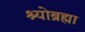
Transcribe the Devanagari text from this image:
श्योब्रह्मा